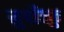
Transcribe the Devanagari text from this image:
मुर्पोक्कु